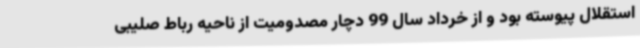
استقلال پیوسته بود و از خرداد سال 99 دچار مصدومیت از ناحیه رباط صلیبی